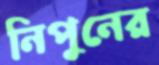
নিপুনের